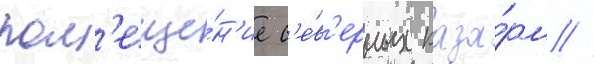
пом'еще́н'ие с'е́в'ерных каза́рм //